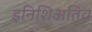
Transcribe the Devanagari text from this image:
इनिशिअतिव